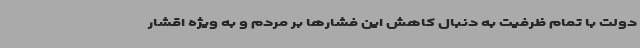
دولت با تمام ظرفیت به دنبال کاهش این فشارها بر مردم و به ویژه اقشار